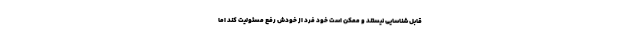
قابل شناسایی نیستند و ممکن است خود فرد از خودش رفع مسئولیت کند اما